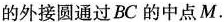
的外接圆通过BC的中点M。